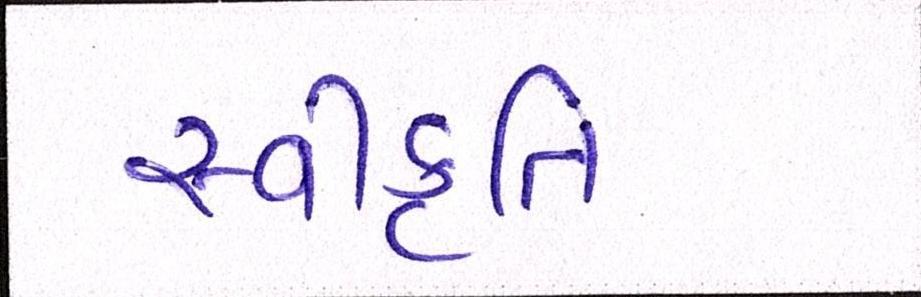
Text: સ્વીકૃતિ